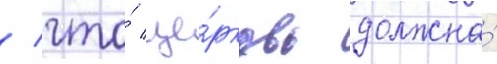
/ что́ це́рковь должна́